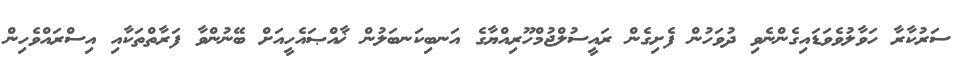
ސަރުކާރާ ހަވާލުވެވަޑައިގެންނެވި ދުވަހުން ފެށިގެން ރައީސުލްޖުމްހޫރިއްޔާގެ އަނބިކަނބަލުން ޚާއްޞައެހީއަށް ބޭނުންވާ ފަރާތްތަކާއި އިސްރައްވެހިން